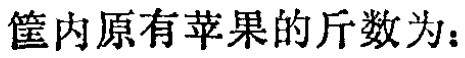
筐内原有苹果的斤数为：